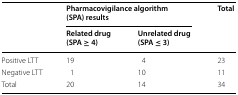
<table><thead><tr><td rowspan="2"></td><td colspan="2"><b>Pharmacovigilance algorithm (SPA) results</b></td><td rowspan="2"><b>Total</b></td></tr><tr><td><b>Related drug (SPA ≥ 4)</b></td><td><b>Unrelated drug (SPA ≤ 3)</b></td></tr></thead><tbody><tr><td>Positive LTT</td><td>19</td><td>4</td><td>23</td></tr><tr><td>Negative LTT</td><td>1</td><td>10</td><td>11</td></tr><tr><td>Total</td><td>20</td><td>14</td><td>34</td></tr></tbody></table>